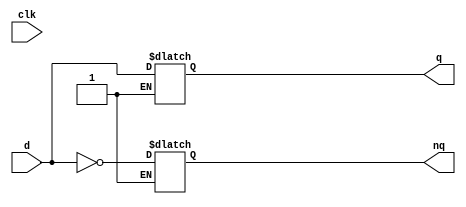
module latch(
    input wire d,
    input wire clk,
    output reg q,
    output reg nq
);

always @(d, clk)
begin
    if(clk || ~clk)
    begin
        q <= d;
        nq <= ~d;
    end
end

endmodule 

`timescale 1ns/10ps

module latch_tb;

reg clk, d;
wire  out, nout;

latch UUT(.d(d), .clk(clk), .q(out), .nq(nout));

initial 
begin
    $timeformat(-9,2, "ns");
    $monitor ("[%0t] clk = %0b  d=%0b q=%0b nq=%0b", $time, clk, d, out, nout);
    
    d <= 0; 
    clk <= 0; 
    #5;

    d <= 1; 
    #5;
 
    clk <= 1; 
    #5

    d <= 0; 
    #5;

    clk <= 0; 
    #10;
end
endmodule